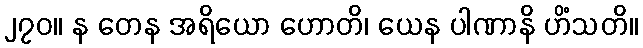
၂၇၀။ န တေန အရိယော ဟောတိ၊ ယေန ပါဏာနိ ဟိံသတိ။